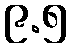
၉.၅